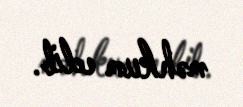
məhkum edib.